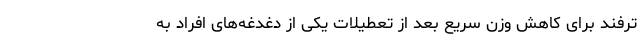
ترفند برای کاهش وزن سریع بعد از تعطیلات یکی از دغدغه‌های افراد به